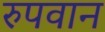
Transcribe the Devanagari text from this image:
रुपवान